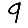
Digit: 9